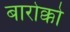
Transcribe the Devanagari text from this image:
बारोक्को